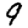
Digit: 9